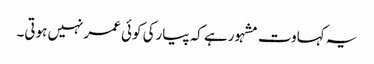
یہ کہاوت مشہورہے کہ پیارکی کوئی عمرنہیں ہوتی۔